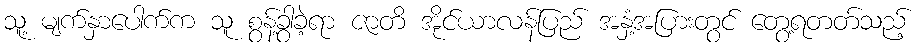
သူ့ မျက်နှာပေါက်က သူ စွန့်ခွာခဲ့ရာ ဇာတိ အိုင်ယာလန်ပြည် အနှံ့အပြားတွင် တွေ့ရတတ်သည့်